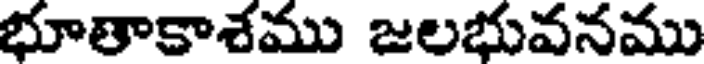
భూతాకాశము జలభువనము